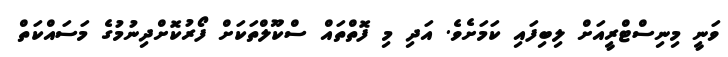
ވަނީ މިނިސްޓްރީއަށް ލިބިފައި ކަމަށެވެ. އަދި މި ފޮތްތައް ސްކޫލްތަކަށް ފޯރުކޮށްދިނުމުގެ މަސައްކަތް